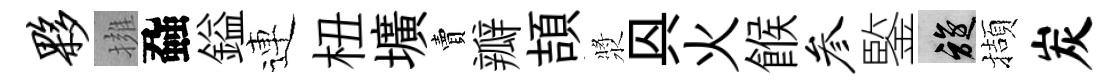
夥擁蝨鎰連杻壙賣瓣頡漿㒷火餱参鍳旋擷炭